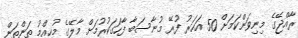
ރާއްޖޭގެ މިނިވަންކަމަށް 50 އަހަރު ފުރޭ މުނާސަބާ ފާހަގަކުރުމަށް މާލޭގެ މުހިއްމު ތަންތަން